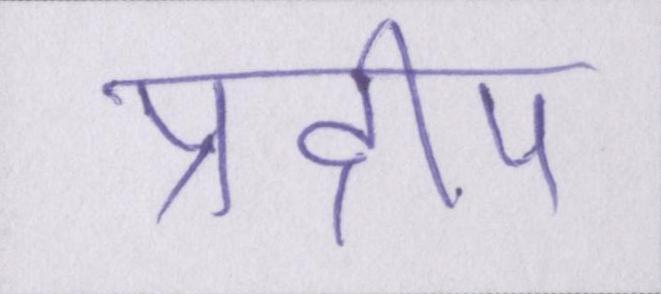
प्रदीप